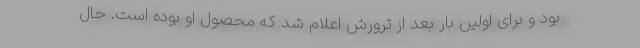
بود و برای اولین بار بعد از ترورش اعلام شد که محصول او بوده است. حال